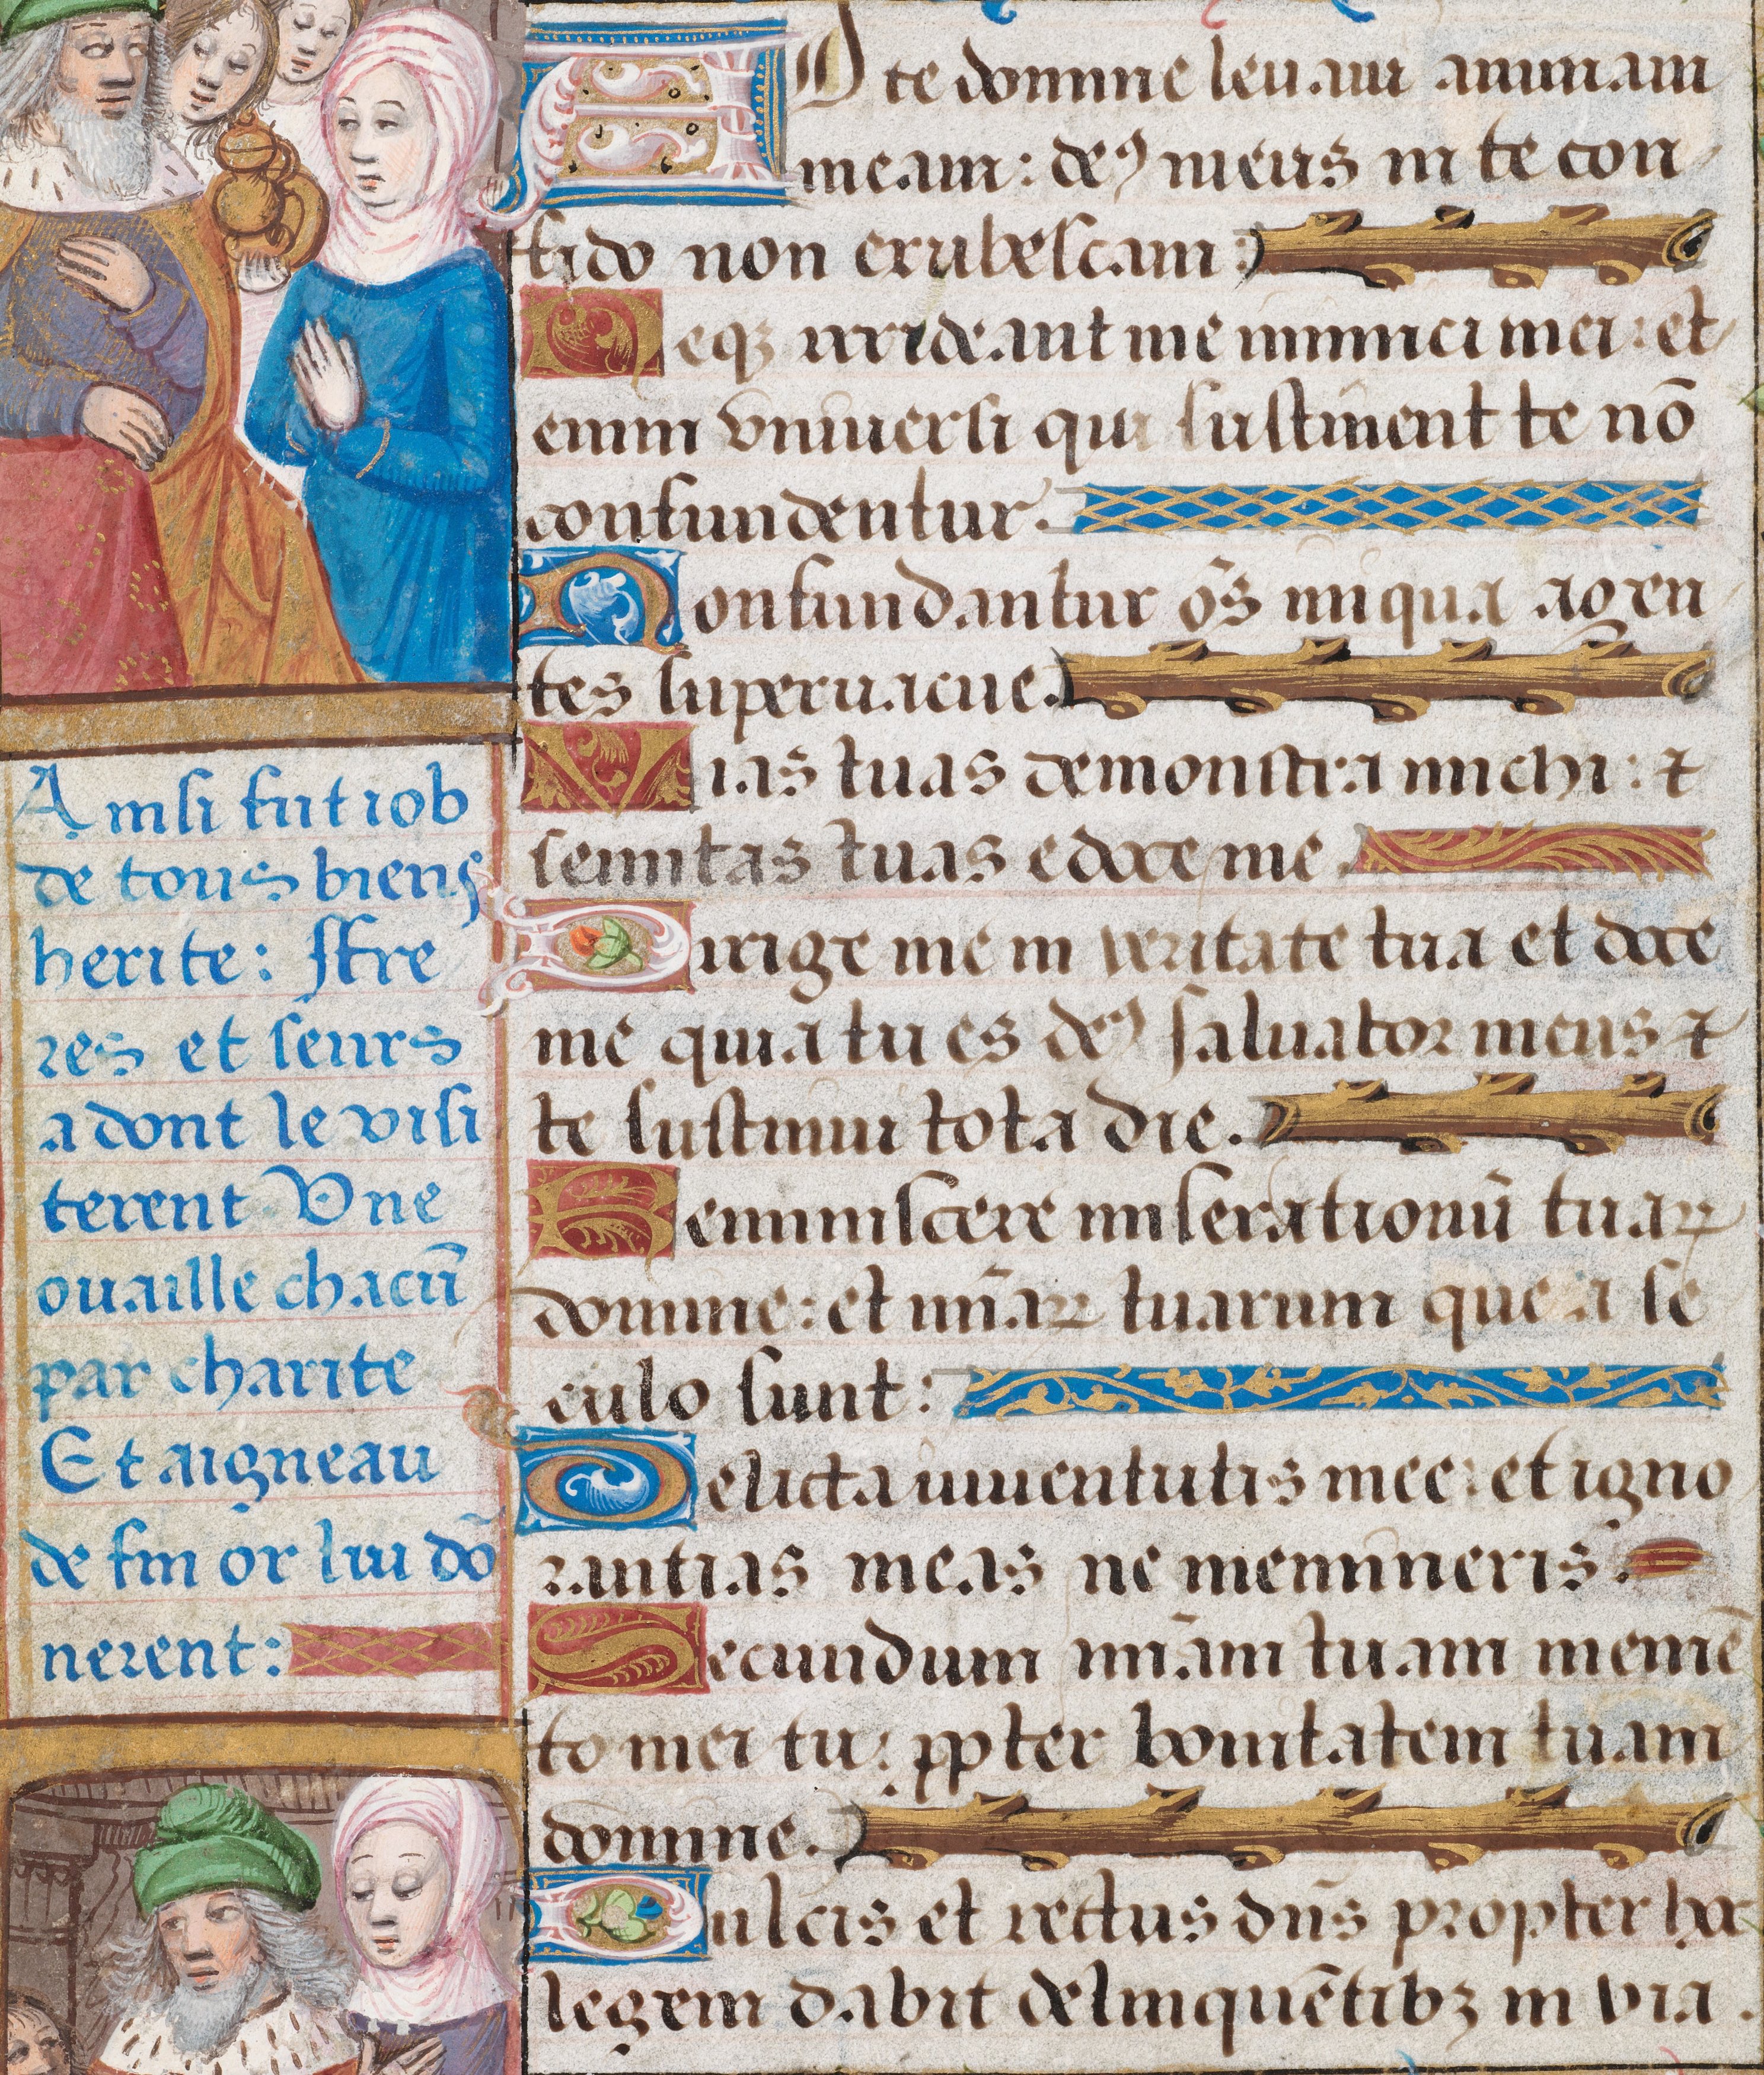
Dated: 1475–1505